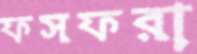
ফসফরা